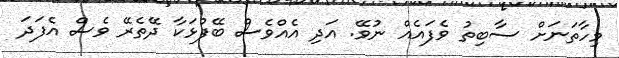
މިހާތަނަށް ސާބިތު ވެފައެއް ނުވޭ. އަދި އެއްވެސް ބޭފުޅަކާ ދޭތެރޭ ވެސް އެފަދަ